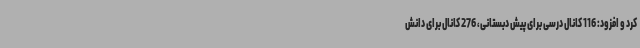
کرد و افزود: 116 کانال درسی برای پیش دبستانی، 276 کانال برای دانش